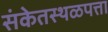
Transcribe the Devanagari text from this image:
संकेतस्थळपत्ता